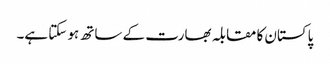
پاکستان کا مقابلہ بھارت کے ساتھ ہو سکتا ہے۔